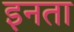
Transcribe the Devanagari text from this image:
इनता